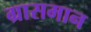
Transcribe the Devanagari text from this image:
ग्रासमान